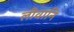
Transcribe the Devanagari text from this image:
लीवानि